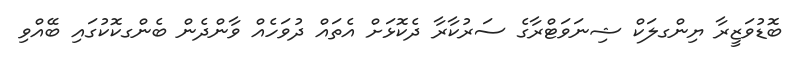
ބޮޑުވަޒީރާ ޔިންގލަކް ޝިނަވަޓްރާގެ ސަރުކާރާ ދެކޮޅަށް އެތައް ދުވަހެއް ވާންދެން ބެންގކޮކުގައި ބޭއްވި